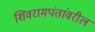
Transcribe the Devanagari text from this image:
शिवरामपंतांवरील